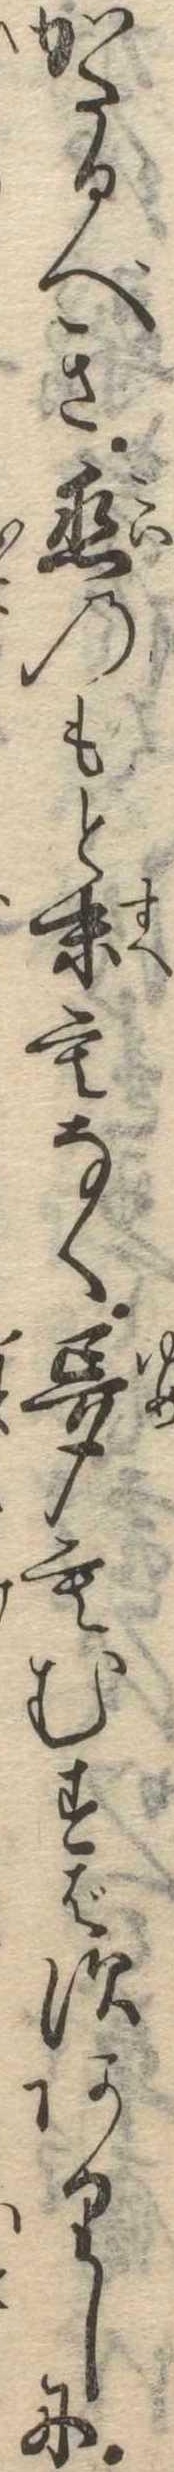
かたるべき恋のもと末もなく夢もむすばすありしに